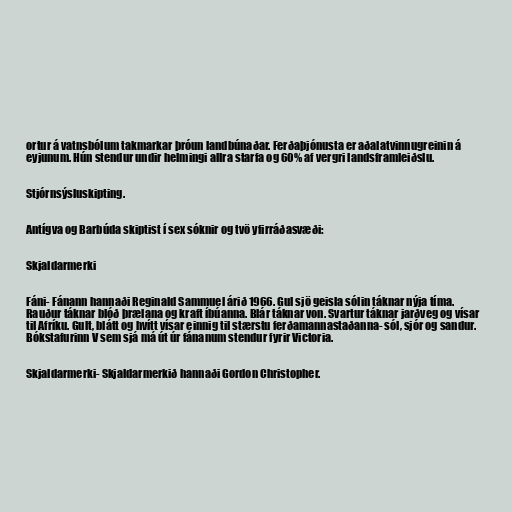
ortur á vatnsbólum takmarkar þróun landbúnaðar. Ferðaþjónusta er aðalatvinnugreinin á
eyjunum. Hún stendur undir helmingi allra starfa og 60% af vergri landsframleiðslu.

Stjórnsýsluskipting.

Antígva og Barbúda skiptist í sex sóknir og tvö yfirráðasvæði:

Skjaldarmerki

Fáni- Fánann hannaði Reginald Sammuel árið 1966. Gul sjö geisla sólin táknar nýja tíma.
Rauður táknar blóð þrælana og kraft íbúanna. Blár táknar von. Svartur táknar jarðveg og vísar
til Afríku. Gult, blátt og hvítt vísar einnig til stærstu ferðamannastaðanna- sól, sjór og sandur.
Bókstafurinn V sem sjá má út úr fánanum stendur fyrir Victoria.

Skjaldarmerki- Skjaldarmerkið hannaði Gordon Christopher.